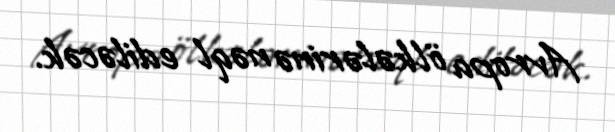
Avropa ölkələrinə nəql ediləcək.